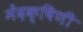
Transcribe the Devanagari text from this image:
मेंदक्षिणी